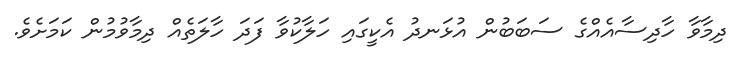
ދިމާވާ ހާދިސާއެއްގެ ސަބަބުން އުޅަނދު އެކީގައި ހަލާކުވާ ފަދަ ހާލަތެއް ދިމާވުމުން ކަމަށެވެ.